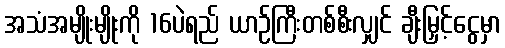
အသံအမျိုးမျိုးကို 16ပဲရည် ယာဉ်ကြီးတစ်စီးလျှင် ချီးမြှင့်ငွေမှာ